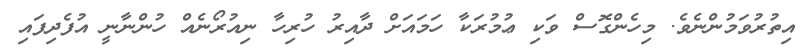
އިތުރުވަމުންނެވެ. މިހެންގޮސް ވަކި ޢުމުރަކާ ހަމައަށް ދާއިރު ހުރިހާ ނިއުރޯނެއް ހުންނާނީ އުފެދިފައި